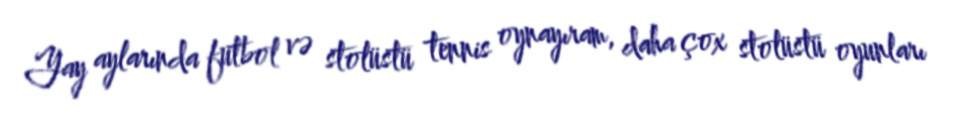
Yay aylarında futbol və stolüstü tennis oynayıram, daha çox stolüstü oyunları